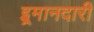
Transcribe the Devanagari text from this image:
इ्रमानदारी